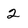
Character: 2